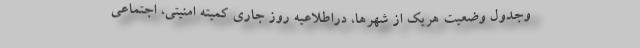
وجدول وضعیت هریک از شهرها، دراطلاعیه روز جاری کمیته امنیتی، اجتماعی